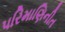
પરિમાણિનીત